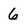
Character: 6